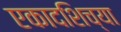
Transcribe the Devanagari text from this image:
एकादशिच्या